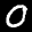
Label: 0